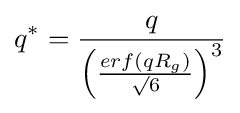
q^{*}={\frac {q}{\left({\frac {erf\left(qR_{g}\right)}{\surd 6}}\right)^{3}}}